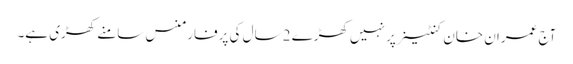
آج عمران خان کنٹینر پر نہیں کھڑے 2 سال کی پرفارمنس سامنے کھڑی ہے۔